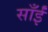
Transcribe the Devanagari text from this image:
साँईं